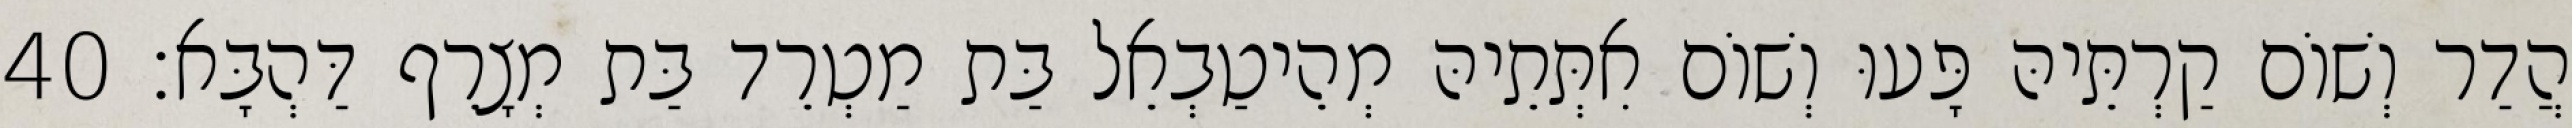
הֲדַר וְשׁוֹם קַרְתֵּיהּ פָּעוּ וְשׁוֹם אִתְּתֵיהּ מְהֵיטַבְאֵל בַּת מַטְרֵד בַּת מְצָרֵף דַּהְבָּא׃ 40